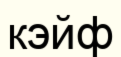
кэйф